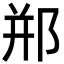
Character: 郱